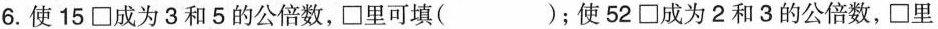
6.使15\square成为3和5的公倍数，\square里可填( );使 52\square成为2和3的公倍数，\square里